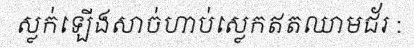
ស្លក់ឡើងសាច់ហាប់ស្លេកឥតឈាមជ័រ :